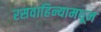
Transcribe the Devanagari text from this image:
रसवाहिन्यामधून